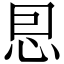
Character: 㤙